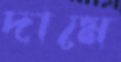
দামে